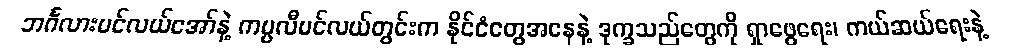
ဘင်္ဂလားပင်လယ်အော်နဲ့ ကပ္ပလီပင်လယ်တွင်းက နိုင်ငံတွေအနေနဲ့ ဒုက္ခသည်တွေကို ရှာဖွေရေး၊ ကယ်ဆယ်ရေးနဲ့